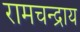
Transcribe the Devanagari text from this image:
रामचन्द्राय